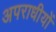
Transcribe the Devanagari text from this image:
अपराधीयों